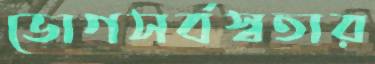
ভোগসর্বস্বতার